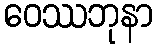
ဝေဿဘုနာ